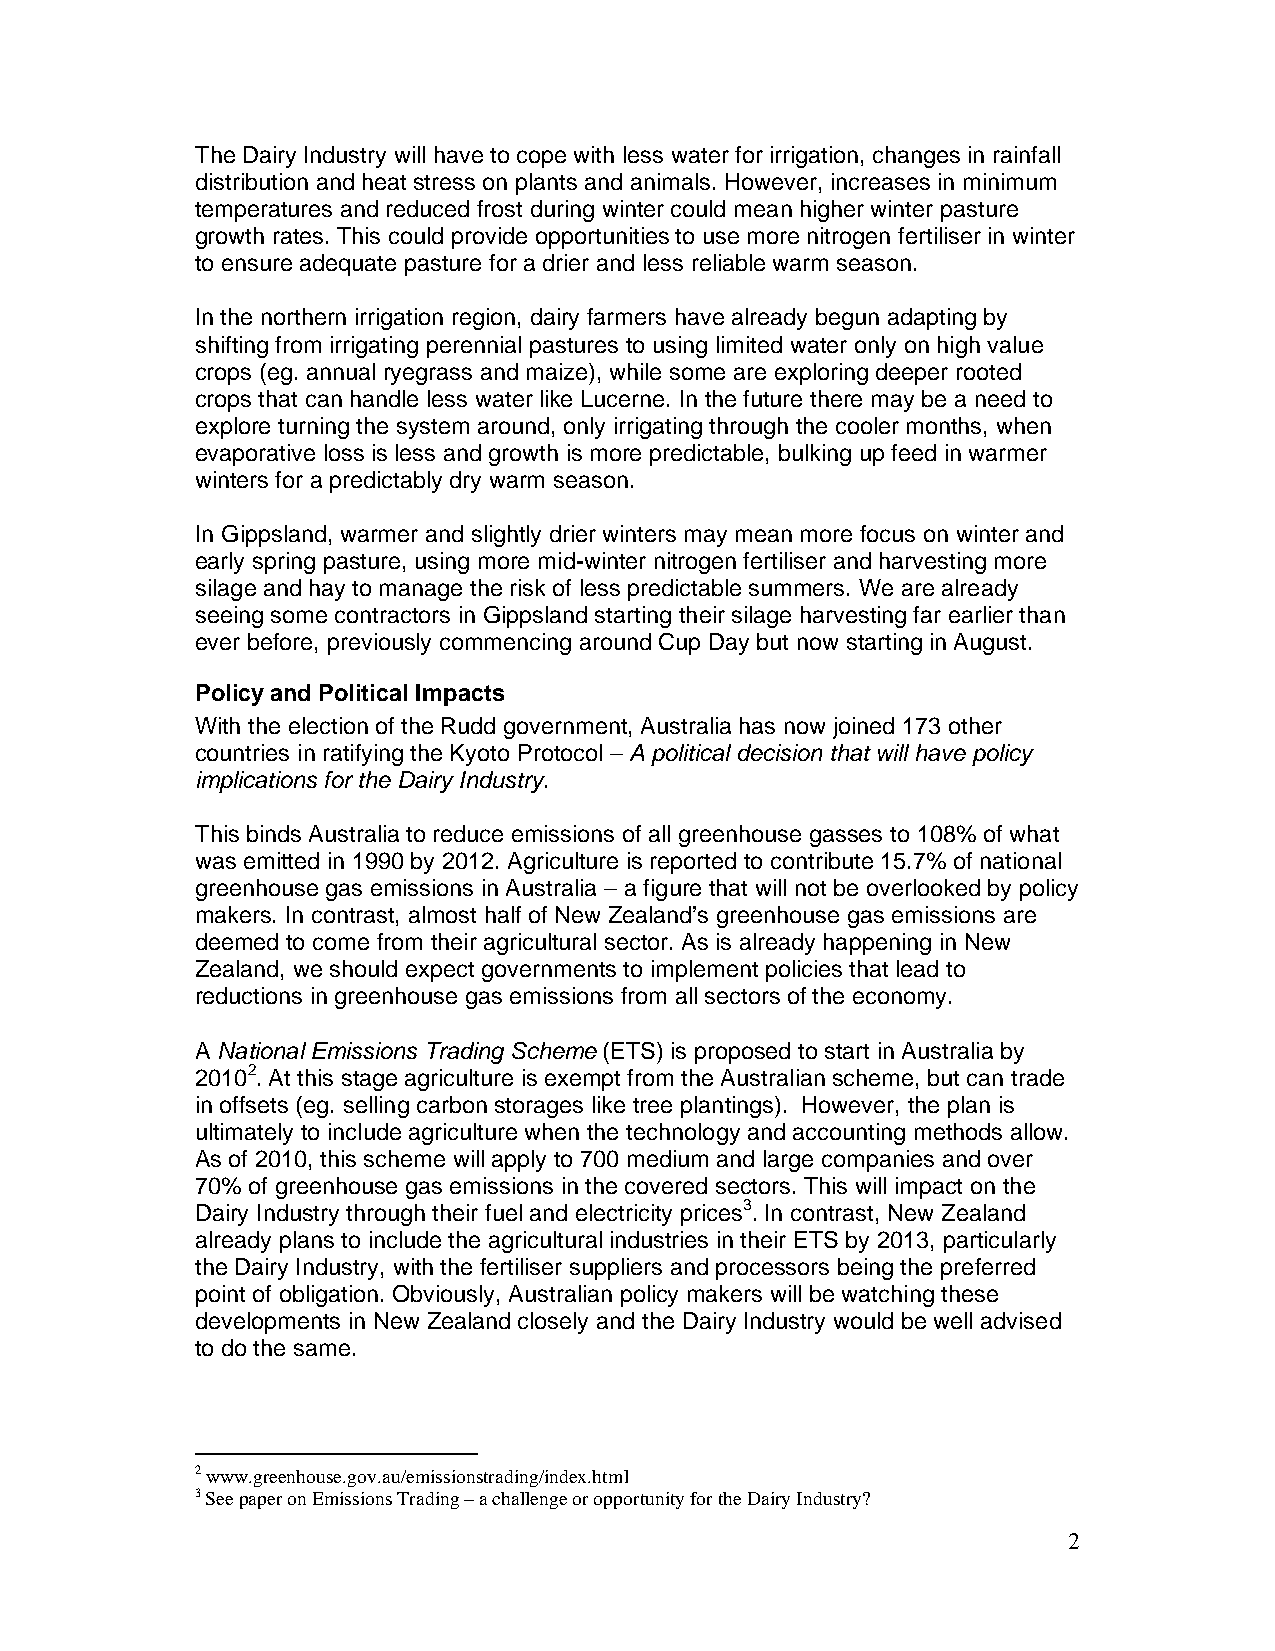
The Dairy Industry will have to cope with less water for irrigation, changes in rainfall
 distribution and heat stress on plants and animals. However, increases in minimum
 temperatures and reduced frost during winter could mean higher winter pasture
 growth rates. This could provide opportunities to use more nitrogen fertiliser in winter
 to ensure adequate pasture for a drier and less reliable warm season.
 In the northern irrigation region, dairy farmers have already begun adapting by
 shifting from irrigating perennial pastures to using limited water only on high value
 crops (eg. annual ryegrass and maize), while some are exploring deeper rooted
 crops that can handle less water like Lucerne. In the future there may be a need to
 explore turning the system around, only irrigating through the cooler months, when
 evaporative loss is less and growth is more predictable, bulking up feed in warmer
 winters for a predictably dry warm season.
 In Gippsland, warmer and slightly drier winters may mean more focus on winter and
 early spring pasture, using more mid-winter nitrogen fertiliser and harvesting more
 silage and hay to manage the risk of less predictable summers. We are already
 seeing some contractors in Gippsland starting their silage harvesting far earlier than
 ever before, previously commencing around Cup Day but now starting in August.
 Policy and Political Impacts
 With the election of the Rudd government, Australia has now joined 173 other
 countries in ratifying the Kyoto Protocol – A political decision that will have policy
 implications for the Dairy Industry.
 This binds Australia to reduce emissions of all greenhouse gasses to 108% of what
 was emitted in 1990 by 2012. Agriculture is reported to contribute 15.7% of national
 greenhouse gas emissions in Australia – a figure that will not be overlooked by policy
 makers. In contrast, almost half of New Zealand’s greenhouse gas emissions are
 deemed to come from their agricultural sector. As is already happening in New
 Zealand, we should expect governments to implement policies that lead to
 reductions in greenhouse gas emissions from all sectors of the economy.
 A National Emissions Trading Scheme (ETS) is proposed to start in Australia by
 20102. At this stage agriculture is exempt from the Australian scheme, but can trade
 in offsets (eg. selling carbon storages like tree plantings). However, the plan is
 ultimately to include agriculture when the technology and accounting methods allow.
 As of 2010, this scheme will apply to 700 medium and large companies and over
 70% of greenhouse gas emissions in the covered sectors. This will impact on the
 Dairy Industry through their fuel and electricity prices3. In contrast, New Zealand
 already plans to include the agricultural industries in their ETS by 2013, particularly
 the Dairy Industry, with the fertiliser suppliers and processors being the preferred
 point of obligation. Obviously, Australian policy makers will be watching these
 developments in New Zealand closely and the Dairy Industry would be well advised
 to do the same.
 2 www.greenhouse.gov.au/emissionstrading/index.html
 3 See paper on Emissions Trading – a challenge or opportunity for the Dairy Industry?
 2